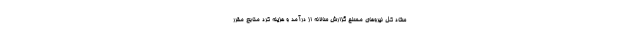
ستاد کل نیروهای مسلح گزارش سالانه از درآمد و هزینه کرد منابع مقرر